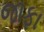
જાફા